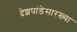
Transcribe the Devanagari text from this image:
देशपांडेसारख्या